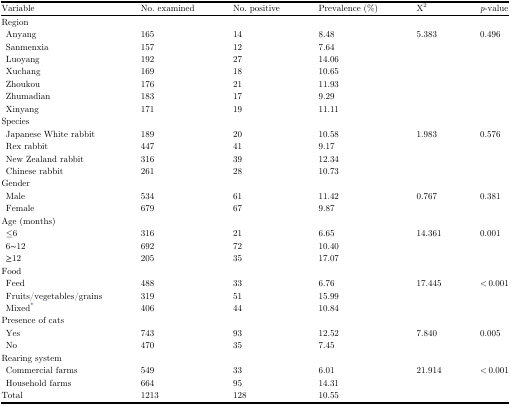
<table><thead><tr><td><b>Variable</b></td><td><b>No. examined</b></td><td><b>No. positive</b></td><td><b>Prevalence (%)</b></td><td><b>X<sup>2</sup></b></td><td><b><i>p</i>-value</b></td></tr></thead><tbody><tr><td colspan="6">Region</td></tr><tr><td>Anyang</td><td>165</td><td>14</td><td>8.48</td><td>5.383</td><td>0.496</td></tr><tr><td>Sanmenxia</td><td>157</td><td>12</td><td>7.64</td><td> </td><td> </td></tr><tr><td>Luoyang</td><td>192</td><td>27</td><td>14.06</td><td> </td><td> </td></tr><tr><td>Xuchang</td><td>169</td><td>18</td><td>10.65</td><td> </td><td> </td></tr><tr><td>Zhoukou</td><td>176</td><td>21</td><td>11.93</td><td> </td><td> </td></tr><tr><td>Zhumadian</td><td>183</td><td>17</td><td>9.29</td><td> </td><td> </td></tr><tr><td>Xinyang</td><td>171</td><td>19</td><td>11.11</td><td> </td><td> </td></tr><tr><td colspan="6">Species</td></tr><tr><td>Japanese White rabbit</td><td>189</td><td>20</td><td>10.58</td><td>1.983</td><td>0.576</td></tr><tr><td>Rex rabbit</td><td>447</td><td>41</td><td>9.17</td><td> </td><td> </td></tr><tr><td>New Zealand rabbit</td><td>316</td><td>39</td><td>12.34</td><td> </td><td> </td></tr><tr><td>Chinese rabbit</td><td>261</td><td>28</td><td>10.73</td><td> </td><td> </td></tr><tr><td colspan="6">Gender</td></tr><tr><td>Male</td><td>534</td><td>61</td><td>11.42</td><td>0.767</td><td>0.381</td></tr><tr><td>Female</td><td>679</td><td>67</td><td>9.87</td><td> </td><td> </td></tr><tr><td colspan="6">Age (months)</td></tr><tr><td>≤6</td><td>316</td><td>21</td><td>6.65</td><td>14.361</td><td>0.001</td></tr><tr><td>6∼12</td><td>692</td><td>72</td><td>10.40</td><td> </td><td> </td></tr><tr><td>≥12</td><td>205</td><td>35</td><td>17.07</td><td> </td><td> </td></tr><tr><td colspan="6">Food</td></tr><tr><td>Feed</td><td>488</td><td>33</td><td>6.76</td><td>17.445</td><td>&lt; 0.001</td></tr><tr><td>Fruits/vegetables/grains</td><td>319</td><td>51</td><td>15.99</td><td> </td><td> </td></tr><tr><td>Mixed*</td><td>406</td><td>44</td><td>10.84</td><td> </td><td> </td></tr><tr><td colspan="6">Presence of cats</td></tr><tr><td>Yes</td><td>743</td><td>93</td><td>12.52</td><td>7.840</td><td>0.005</td></tr><tr><td>No</td><td>470</td><td>35</td><td>7.45</td><td> </td><td> </td></tr><tr><td colspan="6">Rearing system</td></tr><tr><td>Commercial farms</td><td>549</td><td>33</td><td>6.01</td><td>21.914</td><td>&lt; 0.001</td></tr><tr><td>Household farms</td><td>664</td><td>95</td><td>14.31</td><td> </td><td> </td></tr><tr><td>Total</td><td>1213</td><td>128</td><td>10.55</td><td> </td><td> </td></tr></tbody></table>